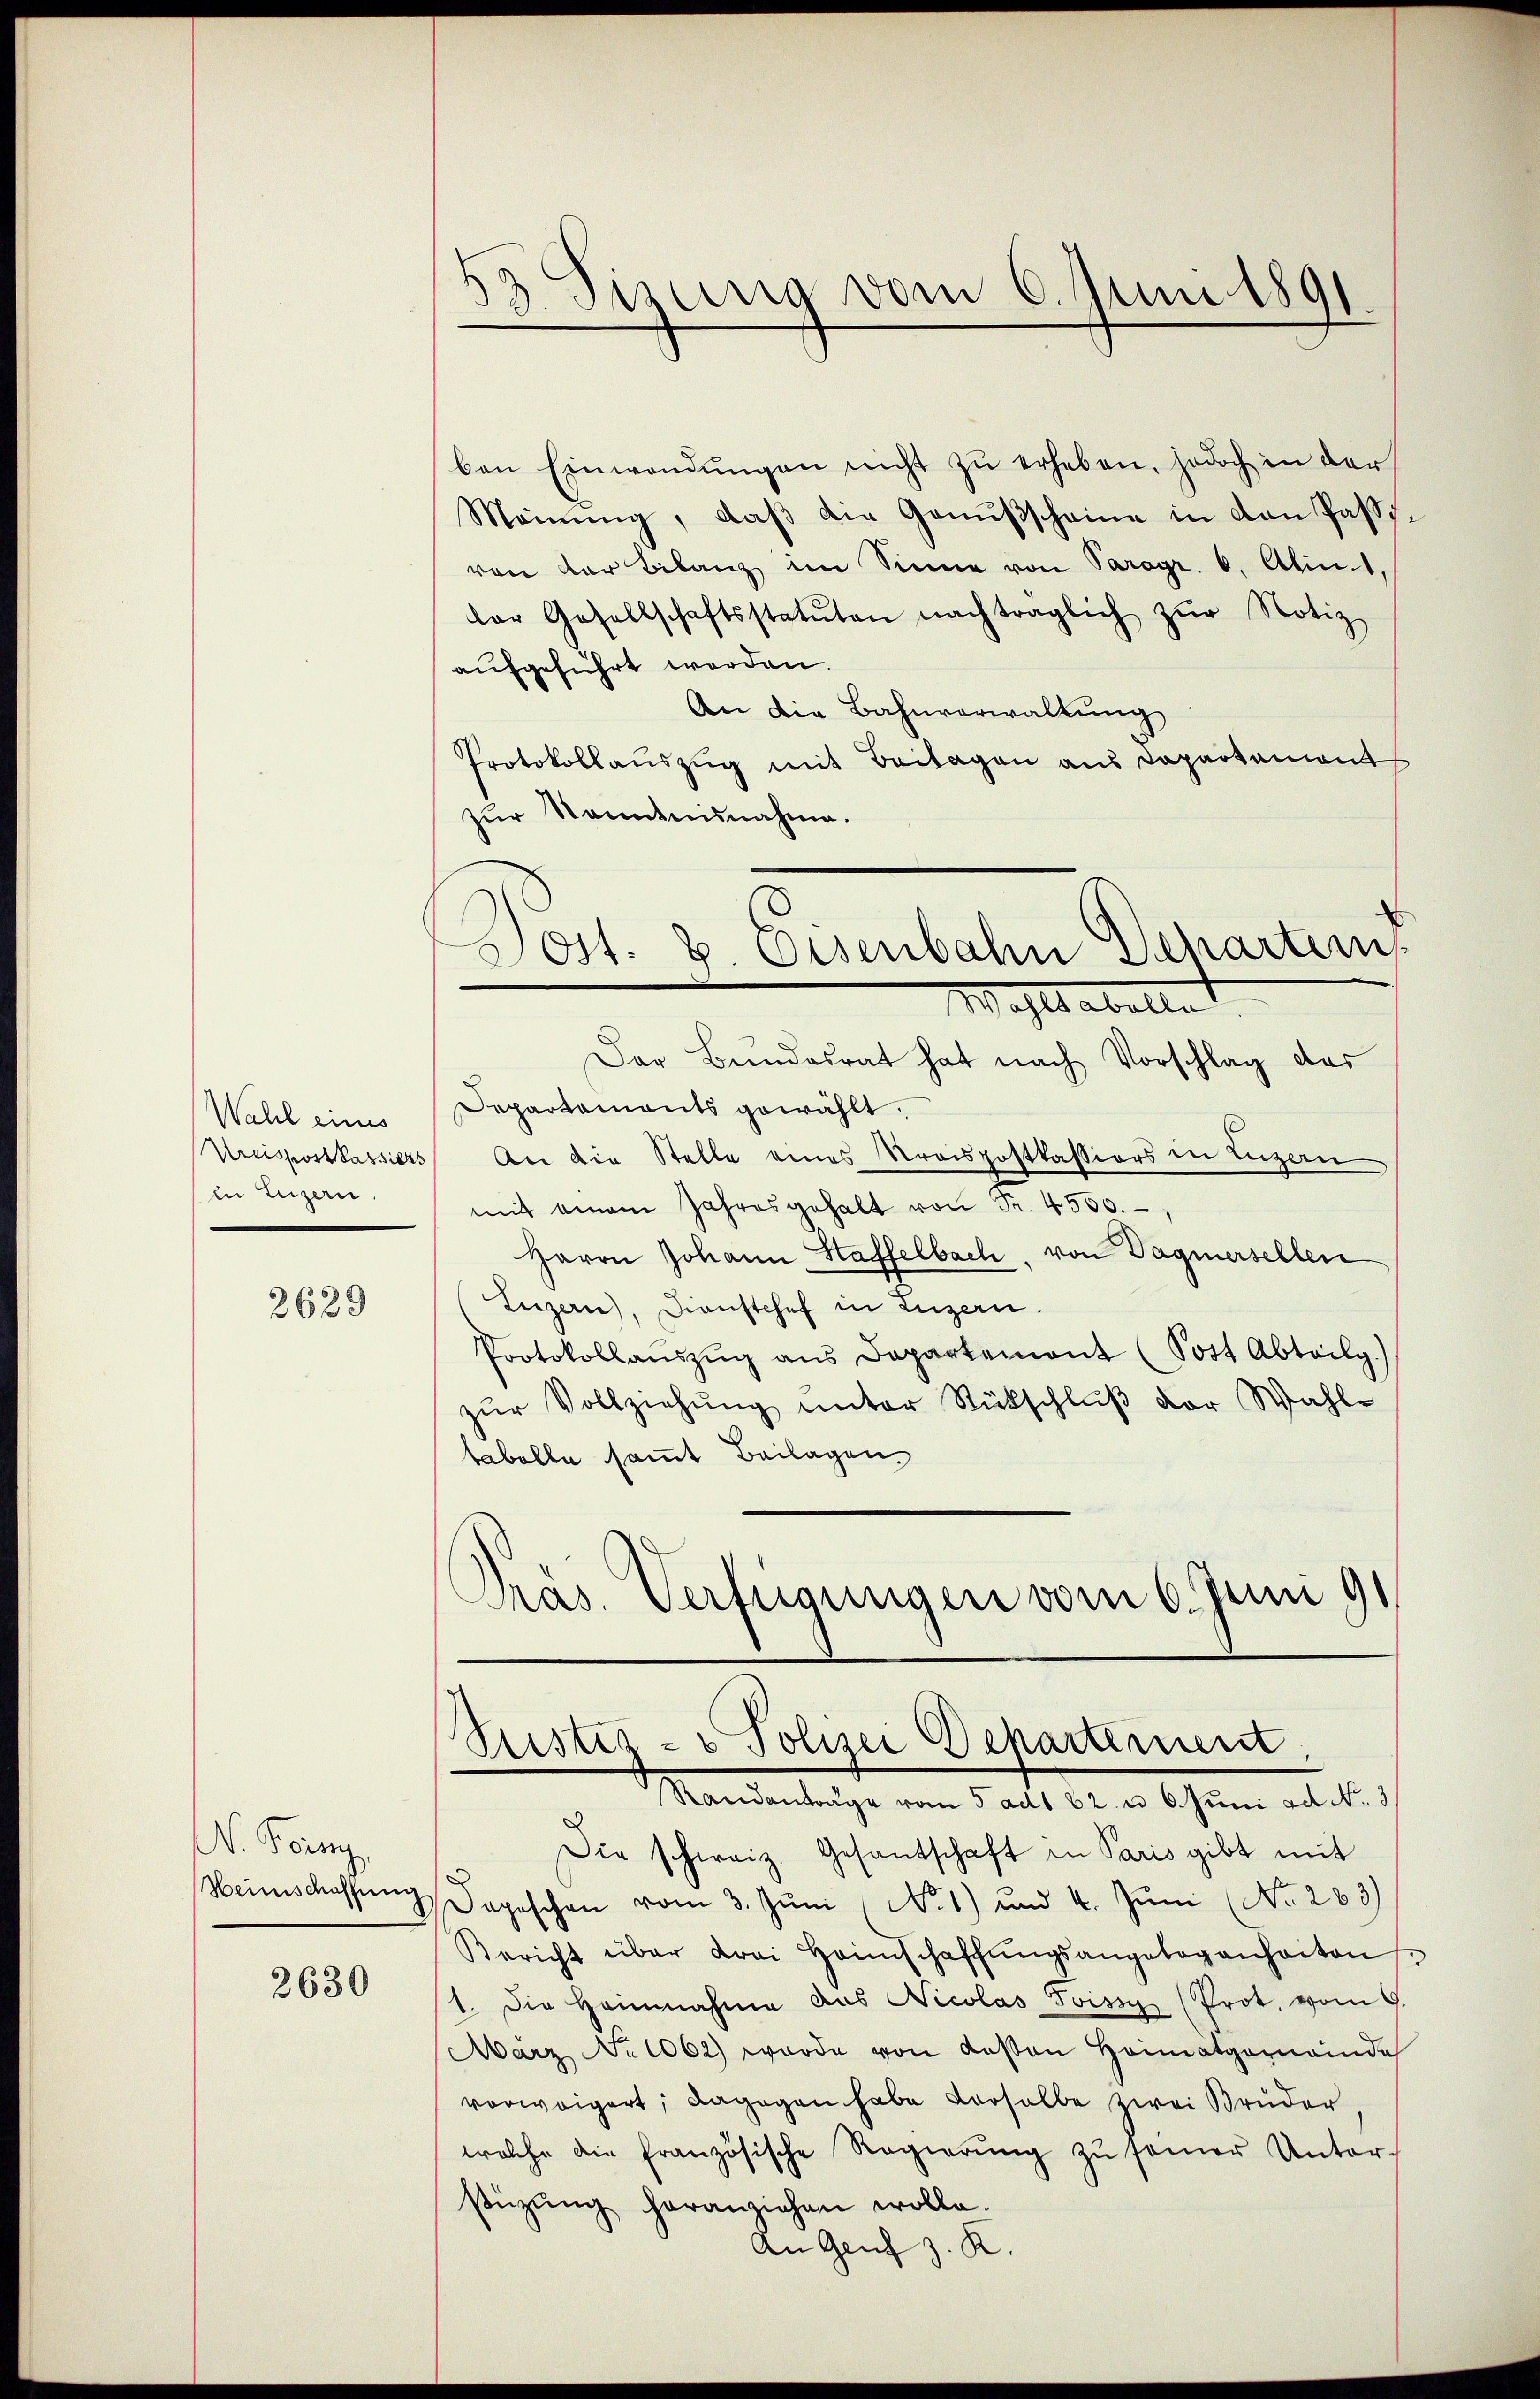
Wahl eines
in Luzern.

2639

. Forenz
Heimschaffung

2630

83 Sizung vom 6. Juni 1891

ben Einwendŭngen nicht zŭ erheben, jedoch in der
Meinŭng, daβ die Genußscheine in den Past
von der Bilanz im Sinne von Paragr. 6. Alint,
lar Gesellschaftsstatuten nachträglich zŭr Notiz
aufgeführt werden.
An die Bahnverwaltung
Protokollaŭszŭg mit Beilagen aus Dapartement
zur Kenntnisnahme.
Wahls abellet
Der Bundesrat hat nach Vorschlag des
Departaments gewählt.
Kreispostkassiers An die Stelle eines Kreispostkassiers in Luzern
mit einem Jahresgehalt von Fr. 4550.
Herrn Johann Haffelbach, von Dagnersellen
Luzern, Dienstchef in Luzern.
Protokollaŭszŭg ans Departement (Sott Abteilg.)
zŭr Vollziehŭng unter Rückschlŭβ der Wahl-
tabelle samt Beilagen
Präs. Verfügungen vom 6. Juni 91

Dost. v. Eisenbahn Departen

Justiz - Polizei Departement,
Randantrage vom 5 adt 22 u. 6. Juni ad No. 3

Die schweiz. Gesandschaft in Paris gibt mit
dapeschen vom 3. Jŭni (N. 1) und 4. Jŭni (No. 263)
Bericht über drei Heimschaffŭngsangelegenheiten
1. Die Heinnahme aus Nicolas Tissy (Prot. vom 9.
März No 1062) wurde von dessen Heimatgemeinde
vorweigert; dagegen habe derselbe zwei Brüder
welche die französische Regierŭng zŭ seiner Unter-
stüzung heranziehen wolle.
An Genf z. K.